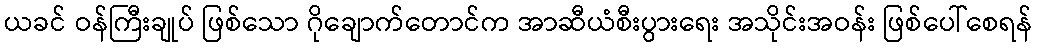
ယခင် ဝန်ကြီးချုပ် ဖြစ်သော ဂိုချောက်တောင်က အာဆီယံစီးပွားရေး အသိုင်းအဝန်း ဖြစ်ပေါ်စေရန်